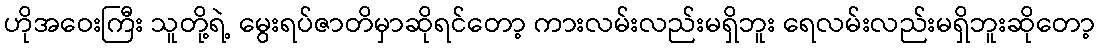
ဟိုအဝေးကြီး သူတို့ရဲ့ မွေးရပ်ဇာတိမှာဆိုရင်တော့ ကားလမ်းလည်းမရှိဘူး ရေလမ်းလည်းမရှိဘူးဆိုတော့